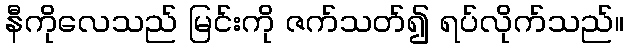
နီကိုလေသည် မြင်းကို ဇက်သတ်၍ ရပ်လိုက်သည်။